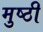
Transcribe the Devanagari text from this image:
मुष्ठी